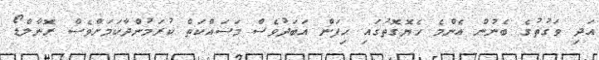
އަދި ވަގުތުގެ ބެނުން އެންމެ ހެޔޮގޮތުގައި ހިފަން އަބަދުވެސް މަސައްކަތް ކުރަމުންދާކަމަށްވެސް ރޮނާލްޑޯ